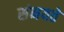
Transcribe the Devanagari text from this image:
संनयते